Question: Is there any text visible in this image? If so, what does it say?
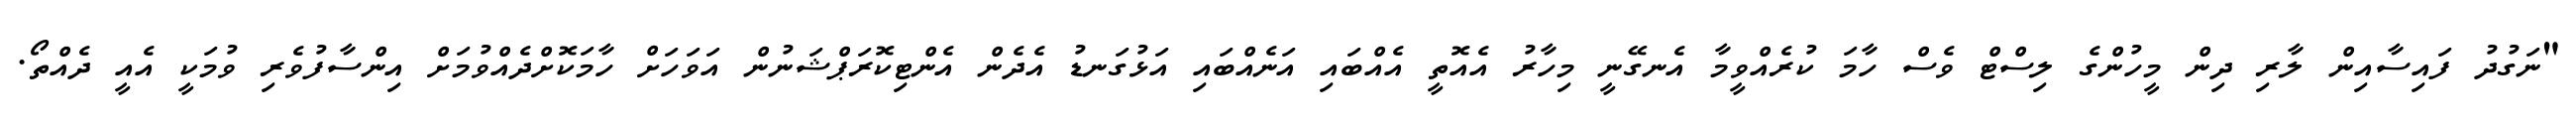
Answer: "ނަގުދު ފައިސާއިން ލާރި ދިން މީހުންގެ ލިސްޓް ވެސް ހާމަ ކުރެއްވީމާ އެނގޭނީ މިހާރު އެއޮތީ އެއްބައި އަނެއްބައި އަޅުގަނޑު އެދެން އެންޓިކޮރަޕްޝަނުން އަވަހަށް ހާމަކޮށްދެއްވުމަށް އިންސާފުވެރި ވުމަކީ އެއީ ދެއްތޯ.